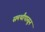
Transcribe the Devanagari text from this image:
समर्थांपासून